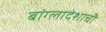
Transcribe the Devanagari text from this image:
बांग्लादेशाची